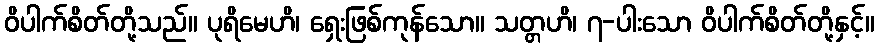
ဝိပါက်စိတ်တို့သည်။ ပုရိမေဟိ၊ ရှေးဖြစ်ကုန်သော။ သတ္တဟိ၊ ၇-ပါးသော ဝိပါက်စိတ်တို့နှင့်။